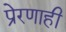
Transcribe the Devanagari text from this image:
प्रेरणाही